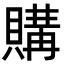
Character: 購